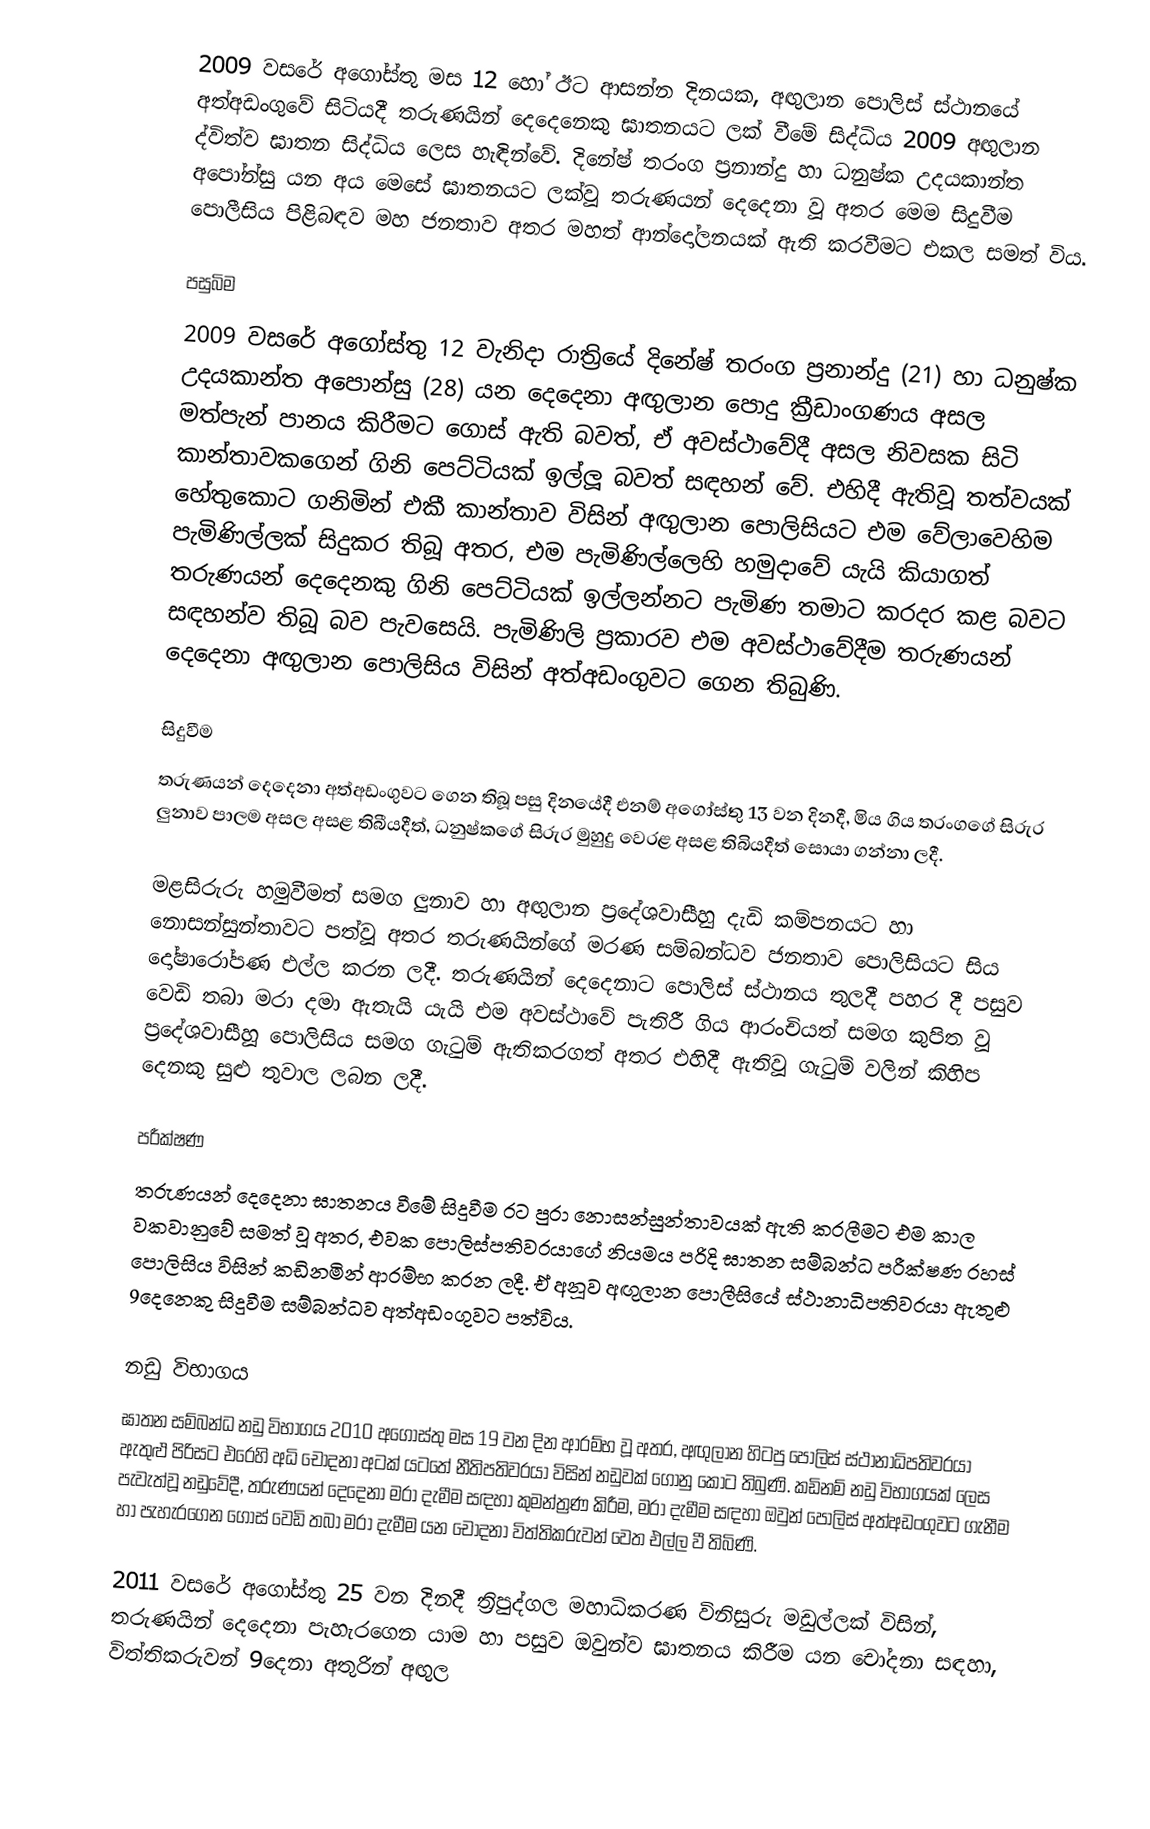
2009 වසරේ අගෝස්තු මස 12 හෝ ඊට ආසන්න දිනයක, අඟුලාන පොලිස් ස්ථානයේ අත්අඩංගුවේ සිටියදී තරුණයින් දෙදෙනෙකු ඝාතනයට ලක් වීමේ සිද්ධිය 2009 අඟුලාන ද්විත්ව ඝාතන සිද්ධිය ලෙස හැඳින්වේ. දිනේෂ් තරංග ප්‍රනාන්දු හා ධනුෂ්ක උදයකාන්ත අපෝන්සු යන අය මෙසේ ඝාතනයට ලක්වූ තරුණයන් දෙදෙනා වූ අතර මෙම සිදුවීම පොලීසිය පිළිබඳව මහ ජනතාව අතර මහත් ආන්දෝලනයක් ඇති කරවීමට එකල සමත් විය.

පසුබිම
2009 වසරේ අගෝස්‌තු 12 වැනිදා රාත්‍රියේ දිනේෂ් තරංග ප්‍රනාන්දු (21) හා ධනුෂ්ක උදයකාන්ත අපොන්සු (28) යන දෙදෙනා අඟුලාන පොදු ක්‍රීඩාංගණය අසල මත්පැන් පානය කිරීමට ගොස් ඇති බවත්, ඒ අවස්ථාවේදී අසල නිවසක සිටි කාන්තාවකගෙන් ගිනි පෙට්‌ටියක්‌ ඉල්ලූ බවත් සඳහන් වේ. එහිදී ඇතිවූ තත්වයක් හේතුකොට ගනිමින් එකී කාන්තාව විසින් අඟුලාන පොලිසියට එම වේලාවෙහිම පැමිණිල්ලක් සිදුකර තිබූ අතර, එම පැමිණිල්ලෙහි හමුදාවේ යැයි කියාගත් තරුණයන් දෙදෙනකු ගිනි පෙට්‌ටියක්‌ ඉල්ලන්නට පැමිණ තමාට කරදර කළ බවට සඳහන්ව තිබූ බව පැවසෙයි. පැමිණිලි ප්‍රකාරව එම අවස්ථාවේදීම තරුණයන් දෙදෙනා අඟුලාන පොලිසිය විසින් අත්අඩංගුවට ගෙන තිබුණි.

සිදුවීම
තරුණයන් දෙදෙනා අත්අඩංගුවට ගෙන තිබූ පසු දිනයේදී එනම් අගෝස්තු 13 වන දිනදී, මිය ගිය තරංගගේ සිරුර ලුනාව පාලම අසල අසළ තිබීයදීත්, ධනුෂ්කගේ සිරුර මුහුදු වෙරළ අසළ තිබියදීත් සොයා ගන්නා ලදී.

මළසිරුරු හමුවීමත් සමග ලුනාව හා අඟුලාන ප්‍රදේශවාසීහු දැඩි කම්පනයට හා නොසන්සුන්තාවට පත්වූ අතර තරුණයින්ගේ මරණ සම්බන්ධව ජනතාව පොලිසියට සිය දෝෂාරෝපණ එල්ල කරන ලදී. තරුණයින් දෙදෙනාට පොලිස් ස්ථානය තුලදී පහර දී පසුව වෙඩි තබා මරා දමා ඇතැයි යැයි එම අවස්ථාවේ පැතිරී ගිය ආරංචියත් සමග කුපිත වූ ප්‍රදේශවාසීහූ පොලිසිය සමග ගැටුම් ඇතිකරගත් අතර එහිදී ඇතිවූ ගැටුම් වලින් කිහිප දෙනකු සුළු තුවාල ලබන ලදී.

පරීක්ෂණ
තරුණයන් දෙදෙනා ඝාතනය වීමේ සිදුවීම රට පුරා නොසන්සුන්තාවයක් ඇති කරලීමට එම කාල වකවානුවේ සමත් වූ අතර, එවක පොලිස්පතිවරයාගේ නියමය පරිදි ඝාතන සම්බන්ධ පරීක්ෂණ රහස් පොලිසිය විසින් කඩිනමින් ආරම්භ කරන ලදී. ඒ අනූව අඟුලාන පොලීසියේ ස්ථානාධිපතිවරයා ඇතුළු 9දෙනෙකු සිදුවීම සම්බන්ධව අත්අඩංගුවට පත්විය.

නඩු විභාගය
ඝාතන සම්බන්ධ නඩු විභාගය 2010 අගෝස්තු මස 19 වන දින ආරම්භ වූ අතර, අඟුලාන හිටපු පොලිස්‌ ස්‌ථානාධිපතිවරයා ඇතුළු පිරිසට එරෙහි අධි චෝදනා අටක්‌ යටතේ නීතිපතිවරයා විසින් නඩුවක් ගොනු කොට තිබුණි. කඩිනම් නඩු විභාගයක්‌ ලෙස පැවැත්වූ නඩුවේදී, තරුණයන් දෙදෙනා මරා දැමීම සඳහා කුමන්ත්‍රණ කිරීම, මරා දැමීම සඳහා ඔවුන් පොලිස් අත්අඩංගුවට ගැනීම හා පැහැරගෙන ගොස් වෙඩි තබා මරා දැමීම යන චෝදනා විත්තිකරුවන් වෙත එල්ල වී තිබිණි.

2011 වසරේ අගෝස්තු 25 වන දිනදී ත්‍රිපුද්ගල මහාධිකරණ විනිසුරු මඩුල්ලක් විසින්, තරුණයින් දෙදෙනා පැහැරගෙන යාම හා පසුව ඔවුන්ව ඝාතනය කිරීම යන චෝදනා සඳහා, විත්තිකරුවන් 9දෙනා අතුරින් අඟුල